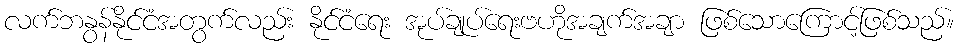
လက်ဘနွန်နိုင်ငံအတွက်လည်း နိုင်ငံရေး အုပ်ချုပ်ရေးဗဟိုအချက်အချာ ဖြစ်သောကြောင့်ဖြစ်သည်။